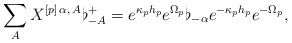
\begin{align*}\sum _A X^{[p]\, \alpha,\, A} \flat^+_{-A}=e^{\kappa_p h_p} e^{\Omega_p} \flat_{-\alpha} e^{-\kappa_p h_p} e^{-\Omega_p},\end{align*}